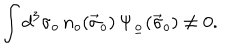
\int d ^ { 3 } \sigma _ { o } \, n _ { o } ( \vec { \sigma } _ { o } ) \, \Psi _ { \underline { { { o } } } } ( \vec { \sigma } _ { o } ) \neq 0 .